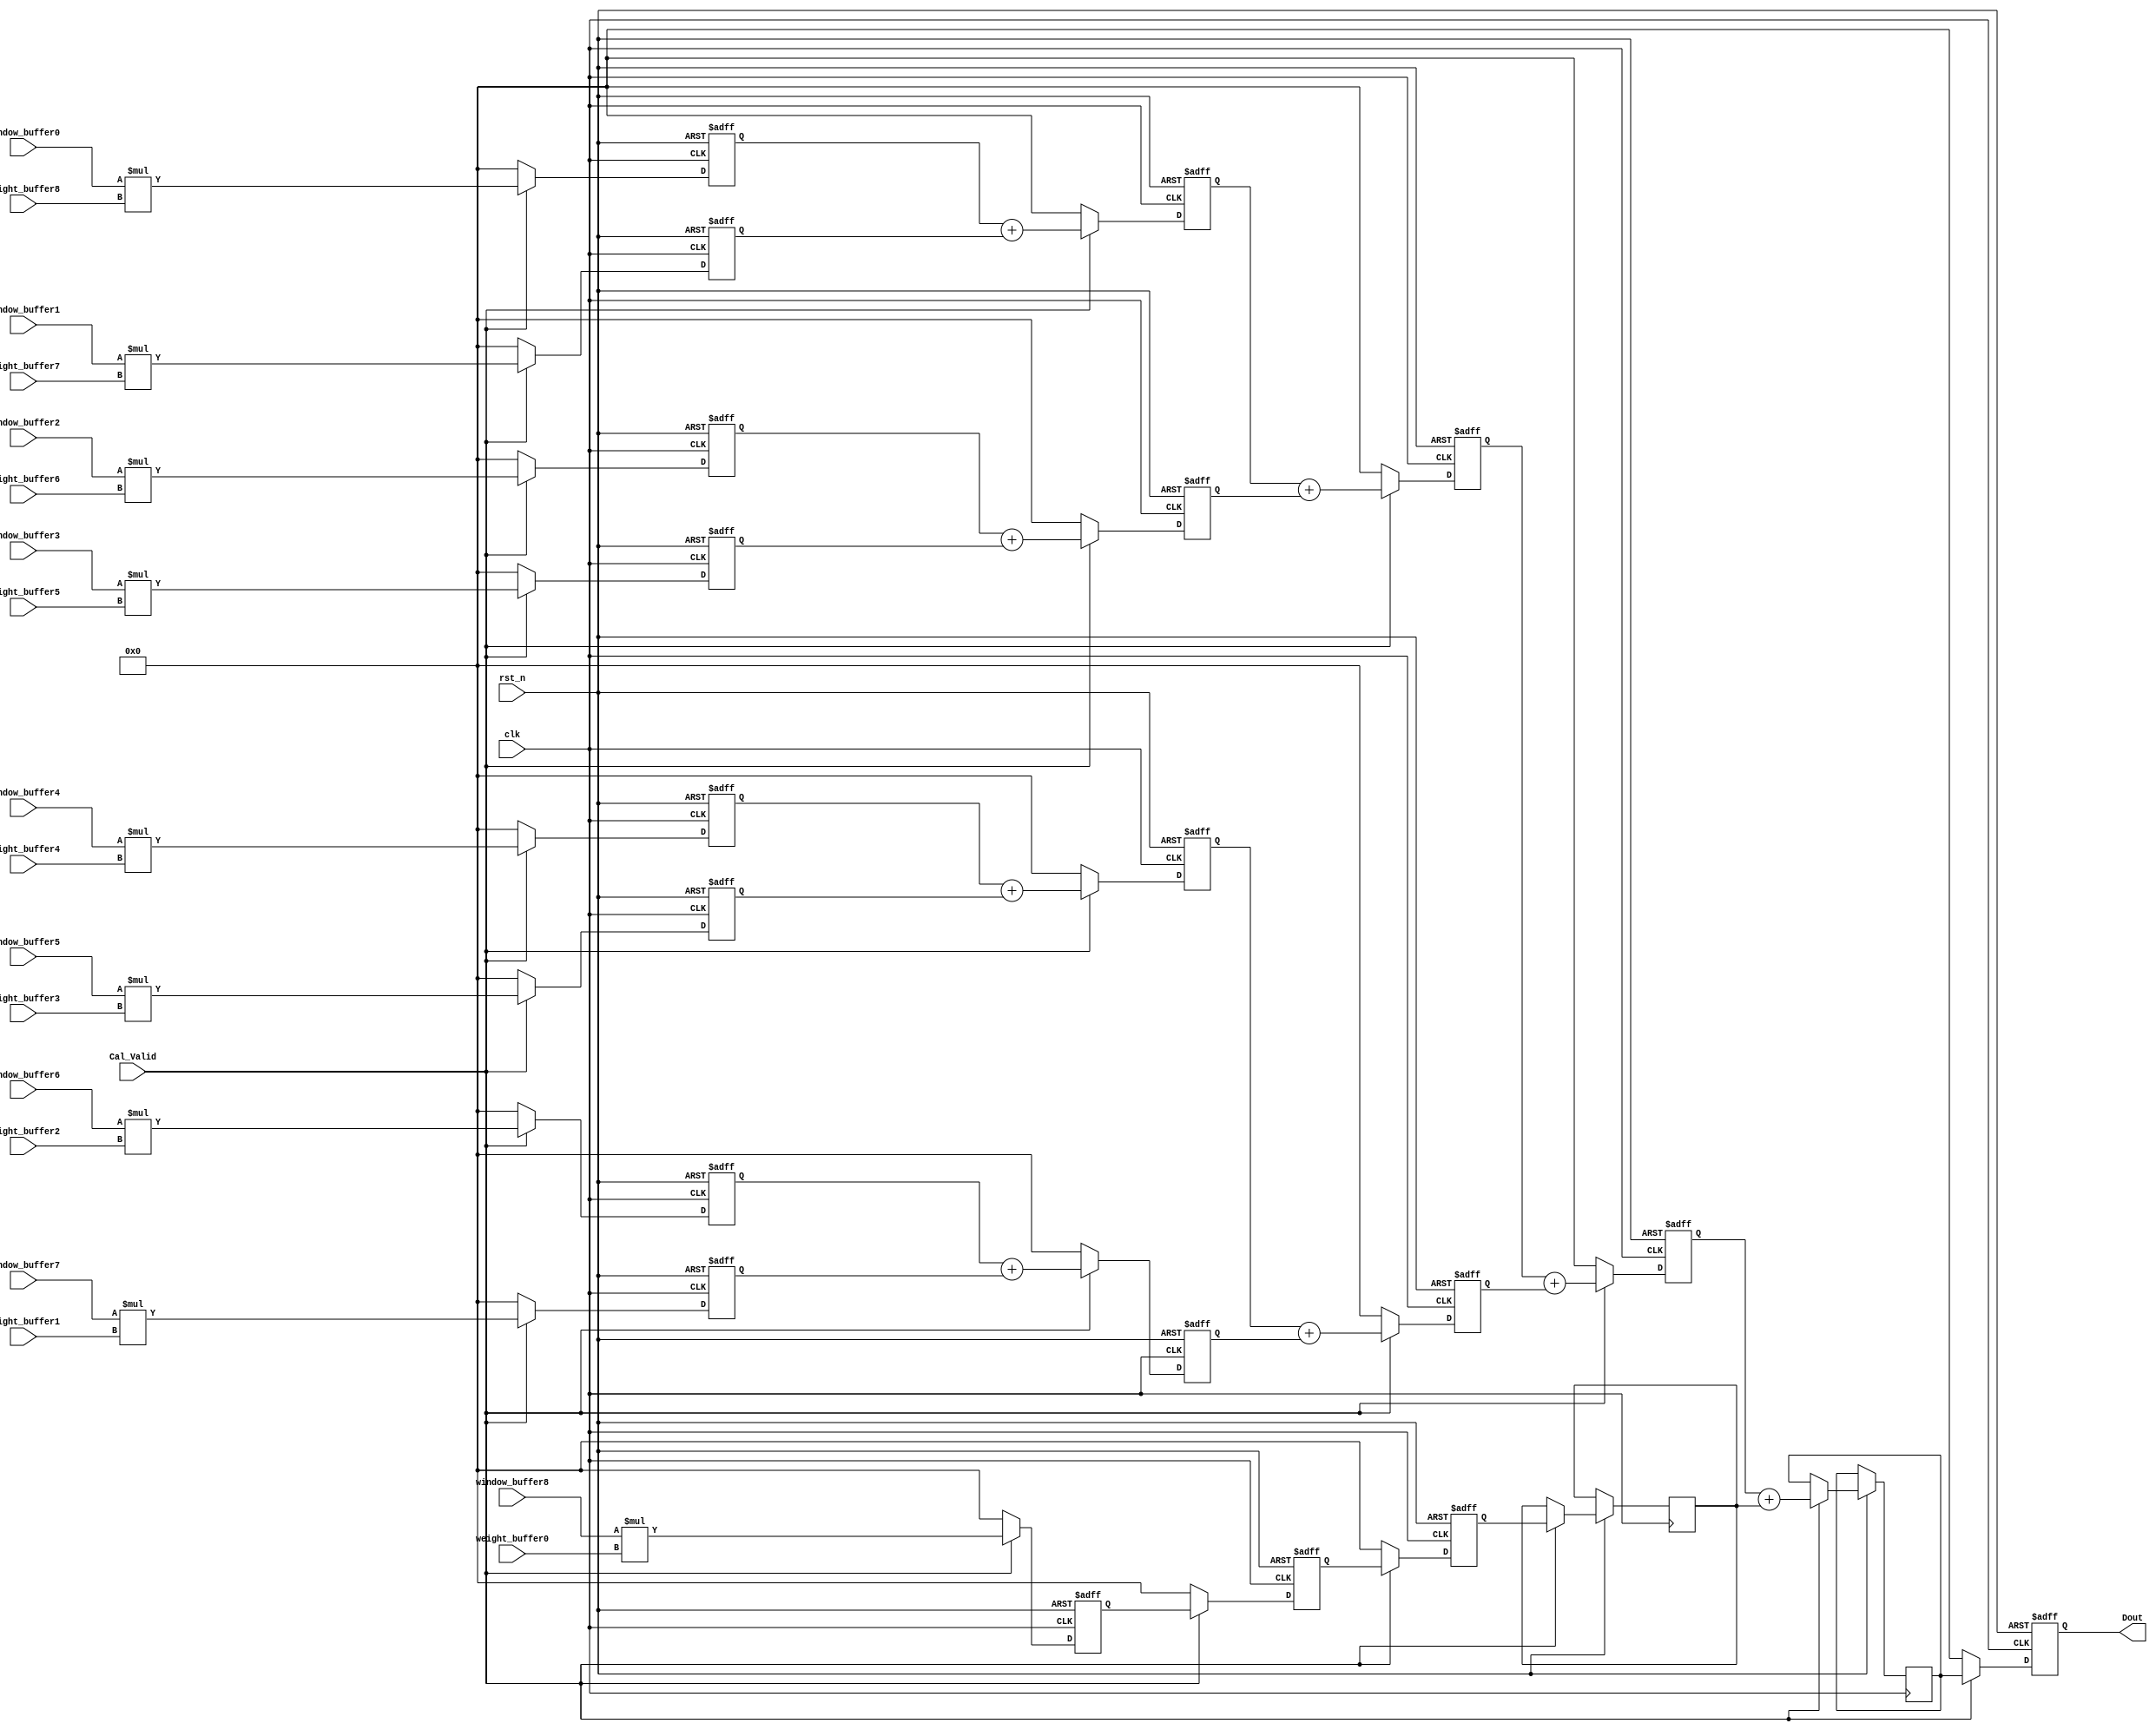
module Mul_Add(
clk,
rst_n,
Cal_Valid,
window_buffer0,
window_buffer1,
window_buffer2,
window_buffer3,
window_buffer4,
window_buffer5,
window_buffer6,
window_buffer7,
window_buffer8,
weight_buffer0,
weight_buffer1,
weight_buffer2,
weight_buffer3,
weight_buffer4,
weight_buffer5,
weight_buffer6,
weight_buffer7,
weight_buffer8,
Dout
);

  parameter WIDTH=8;
  input clk;
  input rst_n;
  input Cal_Valid;
  input signed [WIDTH-1:0] 
    window_buffer0,
    window_buffer1,
    window_buffer2,
    window_buffer3,
    window_buffer4,
    window_buffer5,
    window_buffer6,
    window_buffer7,
    window_buffer8,
    weight_buffer0,
    weight_buffer1,
    weight_buffer2,
    weight_buffer3,
    weight_buffer4,
    weight_buffer5,
    weight_buffer6,
    weight_buffer7,
    weight_buffer8;
  output reg signed [2*WIDTH-1:0] Dout; 
  reg signed [2*WIDTH-1:0] 
    channel_mul0,
    channel_mul1,
    channel_mul2,
    channel_mul3,
    channel_mul4,
    channel_mul5,
    channel_mul6,
    channel_mul7,
    channel_mul8;
  reg signed [2*WIDTH-1:0] channel_add [10:0];

  always @ (posedge clk or negedge rst_n) begin
    if (!rst_n) begin
      channel_mul0   <= 0;
      channel_mul1   <= 0;
      channel_mul2   <= 0;
      channel_mul3   <= 0;
      channel_mul4   <= 0;
      channel_mul5   <= 0;
      channel_mul6   <= 0;  
      channel_mul7   <= 0;
      channel_mul8   <= 0;
      channel_add[0] <= 0;
      channel_add[1] <= 0;
      channel_add[2] <= 0;
      channel_add[3] <= 0;
      channel_add[4] <= 0;
      channel_add[5] <= 0;
      channel_add[6] <= 0;
      channel_add[7] <= 0;
      channel_add[8] <= 0;
      Dout           <= 0;
    end
    else begin
      if(Cal_Valid) begin
        channel_mul0 <= window_buffer0 * weight_buffer8;
        channel_mul1 <= window_buffer1 * weight_buffer7;
        channel_mul2 <= window_buffer2 * weight_buffer6;
        channel_mul3 <= window_buffer3 * weight_buffer5;
        channel_mul4 <= window_buffer4 * weight_buffer4;
        channel_mul5 <= window_buffer5 * weight_buffer3;
        channel_mul6 <= window_buffer6 * weight_buffer2;
        channel_mul7 <= window_buffer7 * weight_buffer1;
        channel_mul8 <= window_buffer8 * weight_buffer0;

        channel_add[0] <= channel_mul0 + channel_mul1;
        channel_add[1] <= channel_mul2 + channel_mul3;
        channel_add[2] <= channel_mul4 + channel_mul5;
        channel_add[3] <= channel_mul6 + channel_mul7;
        channel_add[4] <= channel_mul8;

        channel_add[5] <= channel_add[0] + channel_add[1];
        channel_add[6] <= channel_add[2] + channel_add[3];
        channel_add[7] <= channel_add[4];

        channel_add[8] <= channel_add[5] + channel_add[6];
        channel_add[9] <= channel_add[7];

        channel_add[10]<= channel_add[8] + channel_add[9];

        Dout           <= channel_add[10];
      end
      else begin
        channel_mul0   <= 0;
        channel_mul1   <= 0;
        channel_mul2   <= 0;
        channel_mul3   <= 0;
        channel_mul4   <= 0;
        channel_mul5   <= 0;
        channel_mul6   <= 0;  
        channel_mul7   <= 0;
        channel_mul8   <= 0; 
        channel_add[0] <= 0;
        channel_add[1] <= 0;
        channel_add[2] <= 0;
        channel_add[3] <= 0;
        channel_add[4] <= 0;
        channel_add[5] <= 0;
        channel_add[6] <= 0;
        channel_add[7] <= 0;
        channel_add[8] <= 0;
        Dout           <= 0;
      end
    end 
  end

endmodule